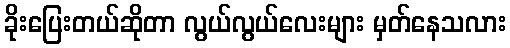
ခိုးပြေးတယ်ဆိုတာ လွယ်လွယ်လေးများ မှတ်နေသလား